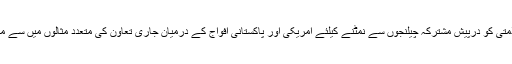
یہ ہماری باہمی سلامتی کو درپیش مشترکہ چیلنجوں سے نمٹنے کیلئے امریکی اور پاکستانی افواج کے درمیان جاری تعاون کی متعدد مثالوں میں سے محض ایک مثال ہے۔